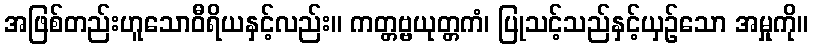
အဖြစ်တည်းဟူသောဝီရိယနှင့်လည်း။ ကတ္တဗ္ဗယုတ္တကံ၊ ပြုသင့်သည်နှင့်ယှဉ်သော အမှုကို။